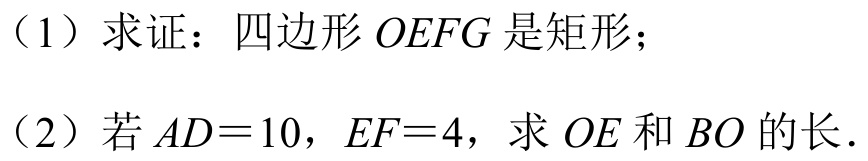
（1）求证：四边形\(OEFG\)是矩形；
（2）若\(AD = 10\)，\(EF = 4\)，求\(OE\)和\(BO\)的长．